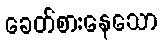
ခေတ်စားနေသော